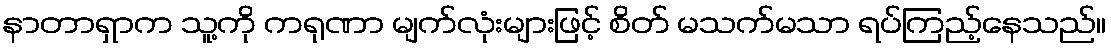
နာတာရှာက သူ့ကို ကရုဏာ မျက်လုံးများဖြင့် စိတ် မသက်မသာ ရပ်ကြည့်နေသည်။